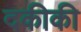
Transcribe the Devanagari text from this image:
दकीकी